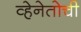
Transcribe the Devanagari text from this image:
व्हेनेतोची